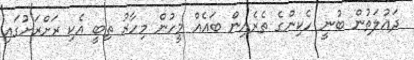
ދައުލަތުން ބުނީ ހެކިންގެ ތެރެއިން ބައެއް މީހުން މިހާރު ތިބީ އެކި ރަށްރަށުގައި